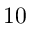
1 0